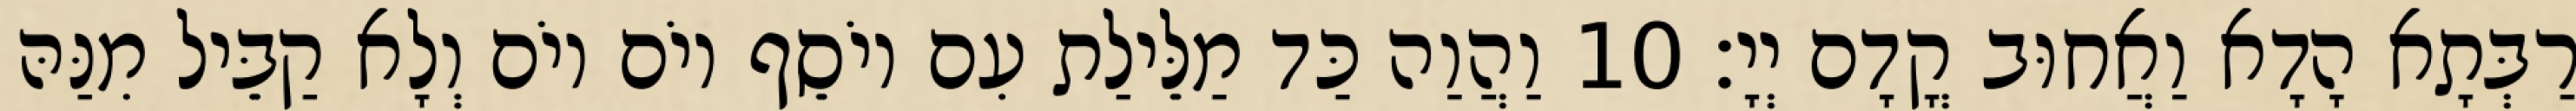
רַבְּתָא הָדָא וַאֲחוּב קֳדָם יְיָ׃ 10 וַהֲוַה כַּד מַלֵּילַת עִם יוֹסֵף יוֹם יוֹם וְלָא קַבֵּיל מִנַּהּ